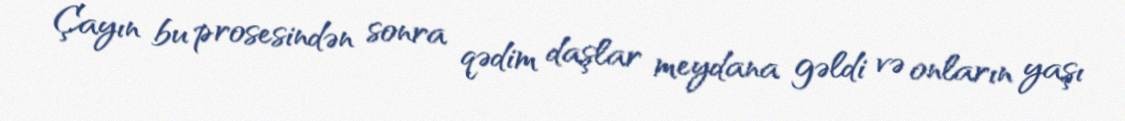
Çayın bu prosesindən sonra qədim daşlar meydana gəldi və onların yaşı